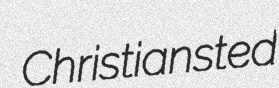
Christiansted